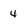
Character: 4